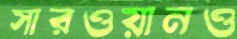
সারওয়ানও